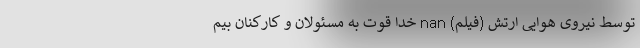
توسط نیروی هوایی ارتش (فیلم) nan خدا قوت به مسئولان و كاركنان بيم